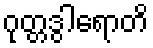
ဂုတ္တဒွါရောတိ